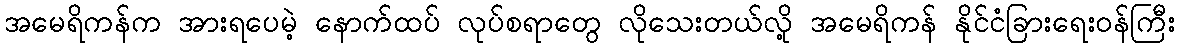
အမေရိကန်က အားရပေမဲ့ နောက်ထပ် လုပ်စရာတွေ လိုသေးတယ်လို့ အမေရိကန် နိုင်ငံခြားရေးဝန်ကြီး